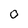
Character: 0